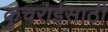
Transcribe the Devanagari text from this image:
कुचराईसाठी